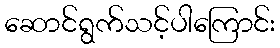
ဆောင်ရွက်သင့်ပါကြောင်း